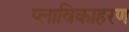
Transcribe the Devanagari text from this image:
प्लाविकाहरण